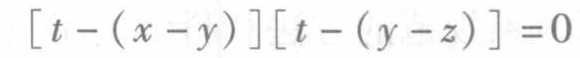
\[ [t - (x - y)][t - (y - z)] = 0 \]